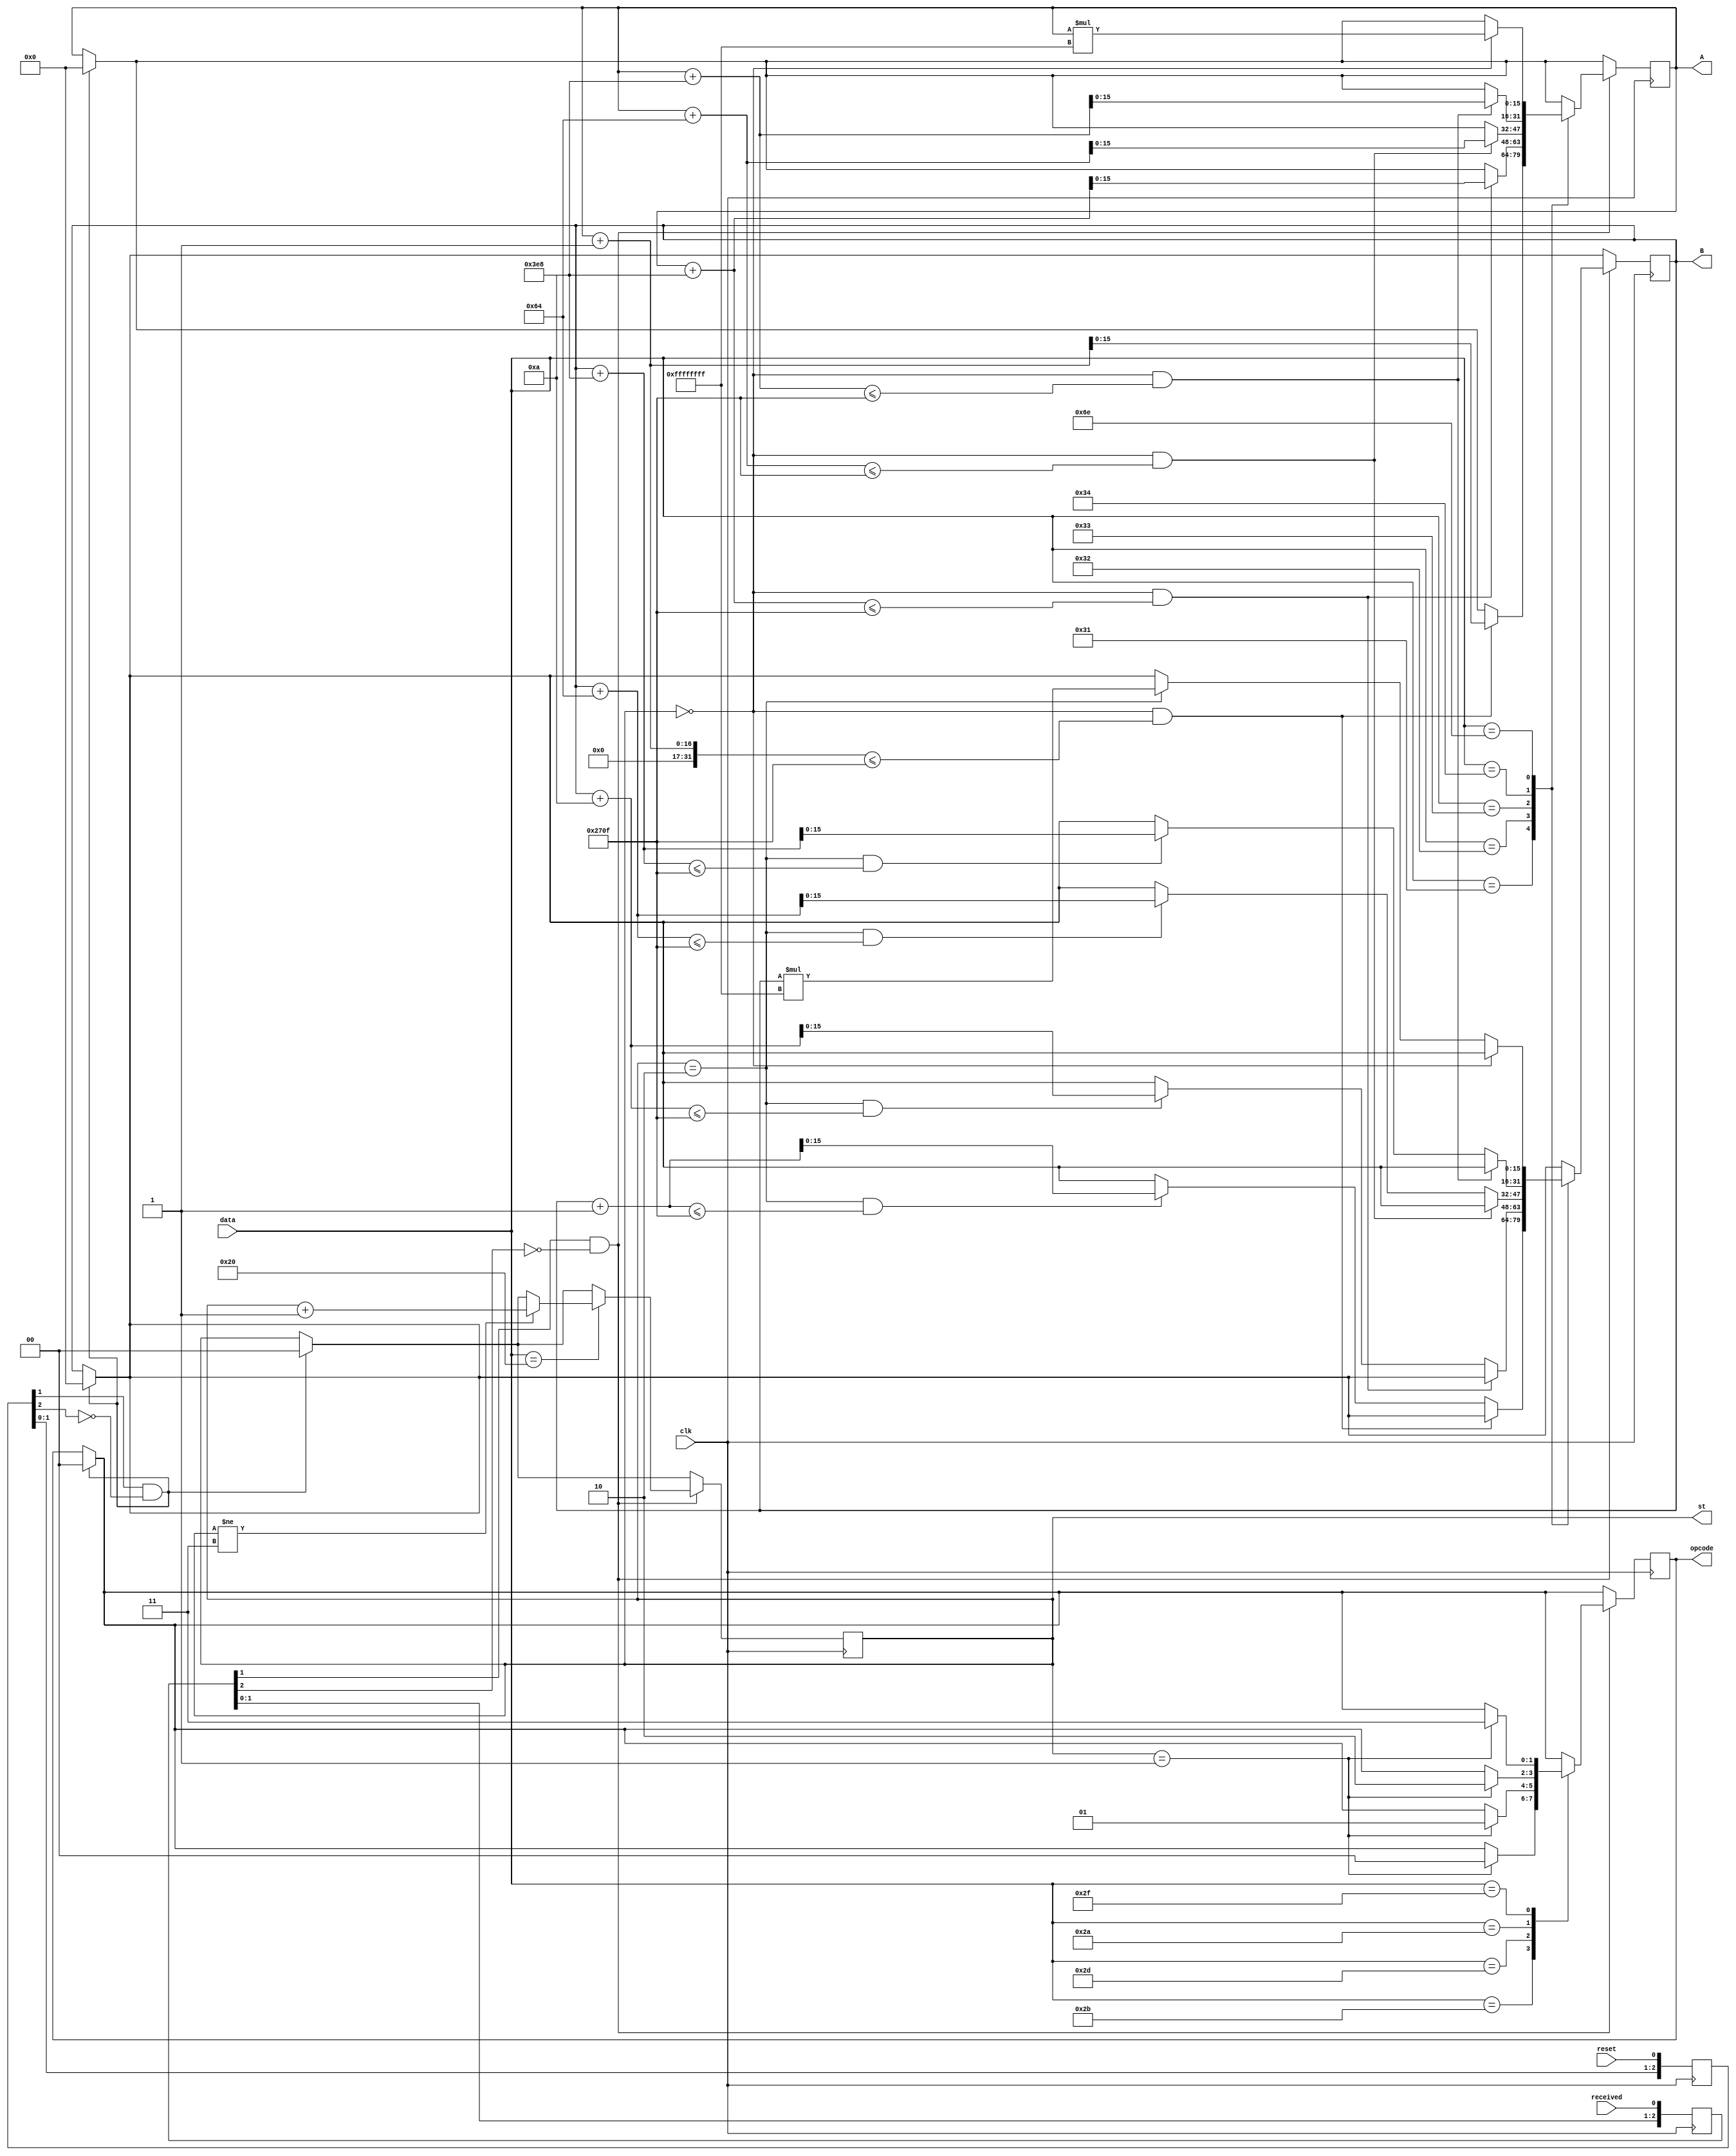
`timescale 1ns / 1ps
//////////////////////////////////////////////////////////////////////////////////
// Company: 
// Engineer: 
// 
// Design Name: 
// Module Name: inputControl
// Project Name: 
// Target Devices: 
// Tool Versions: 
// Description: 
// 
// Dependencies: 
// 
// Revision:
// Revision 0.01 - File Created
// Additional Comments:
// 
//////////////////////////////////////////////////////////////////////////////////


module inputControl(
    input [7:0] data,
    input received,reset,clk,
    output [15:0] A,B,
    output [1:0] opcode,
    output [1:0] st
    );
    
    reg [1:0]state=0;
    reg [2:0] rcd;  
    reg [2:0] rsd;
    reg [15:0]A_reg,B_reg=0;
    reg [1:0]opcode_reg=0;
    
    always @(posedge clk) begin
    rcd <= {rcd[1:0], received};
    rsd <= {rsd[1:0], reset};
    end
    
    always@(posedge clk)begin
        if(rsd[1] & ~rsd[2]) begin//Rise edge of reset
        state<=0;
        A_reg<=0;
        B_reg<=0;
        opcode_reg<=0;
        end
        
        if(rcd[1] & ~rcd[2]) begin //Rise edge of received
        case(data)
//              8'h30: begin A_reg<=0;B_reg<=90;  executed=0; end
//              8'h31: begin A_reg<=10;B_reg<=80;  executed=0; end
//              8'h32: begin A_reg<=200;B_reg<=70;  executed=0; end
//              8'h33: begin A_reg<=300;B_reg<=60;  executed=0; end
//              8'h34: begin A_reg<=4000;B_reg<=50;  executed=0; end
//              8'h35: begin A_reg<=5000;B_reg<=40;  executed=0; end
//              8'h36: begin A_reg<=6000;B_reg<=30;  executed=0; end
//              8'h37: begin A_reg<=7000;B_reg<=20;  executed=0; end
//              8'h38: begin A_reg<=8000;B_reg<=10;  executed=0; end
//              8'h39: begin A_reg<=9000;B_reg<=0;  executed=0; end

            //1
            8'h31: 
            if(state==2'b00&&A_reg+1<=9999) A_reg<=A_reg+1;
            else if (state==2'b10&&B_reg+1<=9999) B_reg<=B_reg+1;
            
            //2
            8'h32: 
            if(state==2'b00&&A_reg+10<=9999) A_reg<=A_reg+10;
            else if (state==2'b10&&B_reg+10<=9999) B_reg<=B_reg+10;
            
            //3
            8'h33:
            if(state==2'b00&&A_reg+100<=9999) A_reg<=A_reg+100;
            else if (state==2'b10&&B_reg+100<=9999) B_reg<=B_reg+100;
            
            //4
            8'h34:
            if(state==2'b00&&A_reg+1000<=9999) A_reg<=A_reg+1000;
            else if (state==2'b10&&B_reg+1000<=9999) B_reg<=B_reg+1000;
            
            //SPACE
            8'h20:
            if(state!=2'b11) state<=state+1;
            
            
            //+
            8'h2b: if(state==2'b01) opcode_reg<=2'b00;
            
            //-
            8'h2d: if(state==2'b01) opcode_reg<=2'b01; 
            
            //*
            8'h2a: if(state==2'b01) opcode_reg<=2'b10;
            
            //"/"
            8'h2f: if(state==2'b01) opcode_reg<=2'b11;
            
            //n
            8'h6e:
            if(state==2'b00)
            A_reg<=A_reg*-1;
            else if(state==2'b10)
            B_reg<=B_reg*-1;
            
            endcase
            end
    end
    
    assign A = A_reg;
    assign B = B_reg;
    assign opcode = opcode_reg;
    assign st = state;
    
endmodule